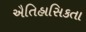
ઐતિહાસિકતા